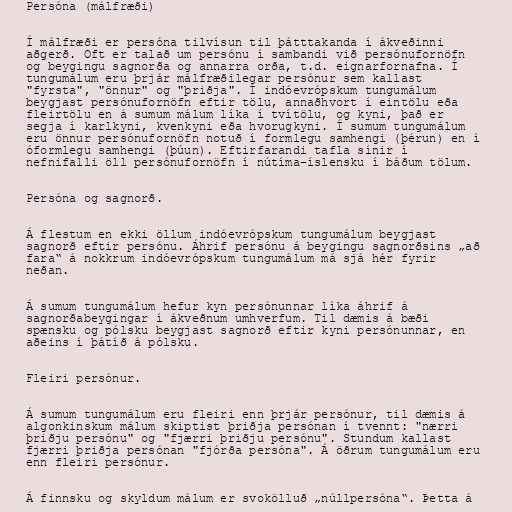
Persóna (málfræði)

Í málfræði er persóna tilvísun til þátttakanda í ákveðinni
aðgerð. Oft er talað um persónu í sambandi við persónufornöfn
og beygingu sagnorða og annarra orða, t.d. eignarfornafna. Í
tungumálum eru þrjár málfræðilegar persónur sem kallast
"fyrsta", "önnur" og "þriðja". Í indóevrópskum tungumálum
beygjast persónufornöfn eftir tölu, annaðhvort í eintölu eða
fleirtölu en á sumum málum líka í tvítölu, og kyni, það er
segja í karlkyni, kvenkyni eða hvorugkyni. Í sumum tungumálum
eru önnur persónufornöfn notuð í formlegu samhengi (þérun) en í
óformlegu samhengi (þúun). Eftirfarandi tafla sínir í
nefnifalli öll persónufornöfn í nútíma-íslensku í báðum tölum.

Persóna og sagnorð.

Á flestum en ekki öllum indóevrópskum tungumálum beygjast
sagnorð eftir persónu. Áhrif persónu á beygingu sagnorðsins „að
fara“ á nokkrum indóevrópskum tungumálum má sjá hér fyrir
neðan.

Á sumum tungumálum hefur kyn persónunnar líka áhrif á
sagnorðabeygingar í ákveðnum umhverfum. Til dæmis á bæði
spænsku og pólsku beygjast sagnorð eftir kyni persónunnar, en
aðeins í þátíð á pólsku.

Fleiri persónur.

Á sumum tungumálum eru fleiri enn þrjár persónur, til dæmis á
algonkinskum málum skiptist þriðja persónan í tvennt: "nærri
þriðju persónu" og "fjærri þriðju persónu". Stundum kallast
fjærri þriðja persónan "fjórða persóna". Á öðrum tungumálum eru
enn fleiri persónur.

Á finnsku og skyldum málum er svokölluð „núllpersóna“. Þetta á